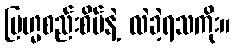
ဗြဟ္မစည်းစိမ်နဲ့ လဲခဲ့ရသကိုး။